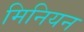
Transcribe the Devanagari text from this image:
मिनियन